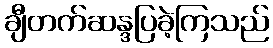
ချီတက်ဆန္ဒပြခဲ့ကြသည်